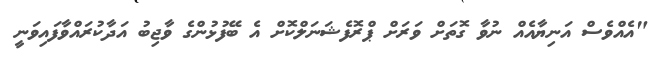
"އެއްވެސް އަނިޔާއެއް ނުވާ ގޮތަށް ވަރަށް ޕްރޮފެޝަނަލްކޮށް އެ ބޭފުޅުންގެ ވާޖިބު އަދާކުރައްވާފައިވަނީ